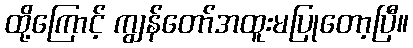
ထို့ကြောင့် ကျွန်တော်အထူးမပြုတော့ပြီ။